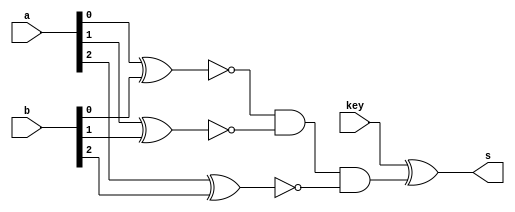
  // ------------------------- 
// Extra-02 - igualdade ou a diferena 
// Nome: Milton costa teles da silva
// -------------------------  
// ------------------------- 
module comparador(output s, input [2:0]a,input[2:0]b, input key);
	wire [2:0]w;
	wire w1;
	xnor xnor1(w[0],a[0],b[0]);
	xnor xnor2(w[1],a[1],b[1]);
	xnor xnor3(w[2],a[2],b[2]);
	and and1(w1,w[0],w[1],w[2]);
	xor xor1(s,key,w1);
	
endmodule //comparador

module principal;
	reg [2:0]x,y;
	reg key;
	wire s;
	
	comparador c1(s,x,y,key);
	
	initial begin
		key = 0; x = 4'b000; y = 3'b000;
		$display("Extra-02 -  Milton costa teles da silva - 002751"); 
		$display("Test LU's igualdade ou a diferena ");
		$display("\t ch  a   b   = saida");
		$monitor("\t  %b %3b  %3b = %b",key,x,y,s);
     #1 key = 1;    
	  #1 key = 0; y = 3'b001;
	  #1 key = 1; 
	     


 

	end
endmodule //principal